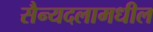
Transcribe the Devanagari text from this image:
सैन्यदलामधील